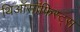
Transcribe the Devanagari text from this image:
थिऑसॉफिस्ट्स